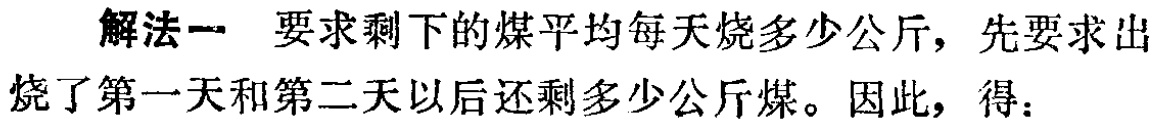
解法一 要求剩下的煤平均每天烧多少公斤，先要求出烧了第一天和第二天以后还剩多少公斤煤。因此，得：